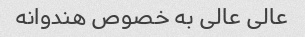
عالی عالی به خصوص هندوانه